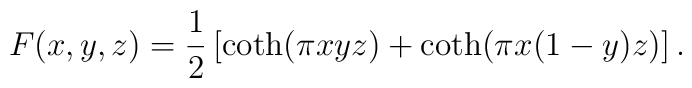
F(x,y,z)  = \frac{1 }{ 2} \left[\coth(\pi x y z) + \coth(\pi x (1-y) z)\right].